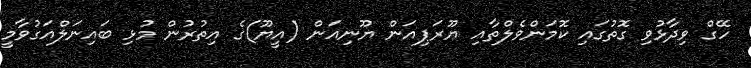
ހޭގް ވިދާޅުވި ގޮތުގައި ކޮމަންވެލްތާއި ޔޫރަޕިއަން ޔޫނިއަން (އީޔޫ)ގެ އިތުރުން މުޅި ބައިނަލްއަގުވާމީ